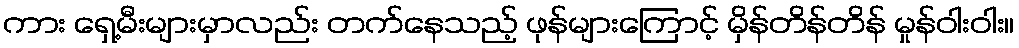
ကား ရှေ့မီးများမှာလည်း တက်နေသည့် ဖုန်များကြောင့် မှိန်တိန်တိန် မှုန်ဝါးဝါး။